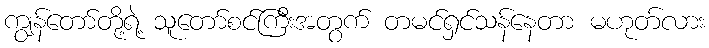
ကျွန်တော်တို့ရဲ့ သူတော်စင်ကြီးအတွက် တမင်ရှင်သန်နေတာ မဟုတ်လား